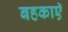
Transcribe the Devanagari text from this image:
बहकाएॅ